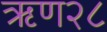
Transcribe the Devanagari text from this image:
ऋण२८